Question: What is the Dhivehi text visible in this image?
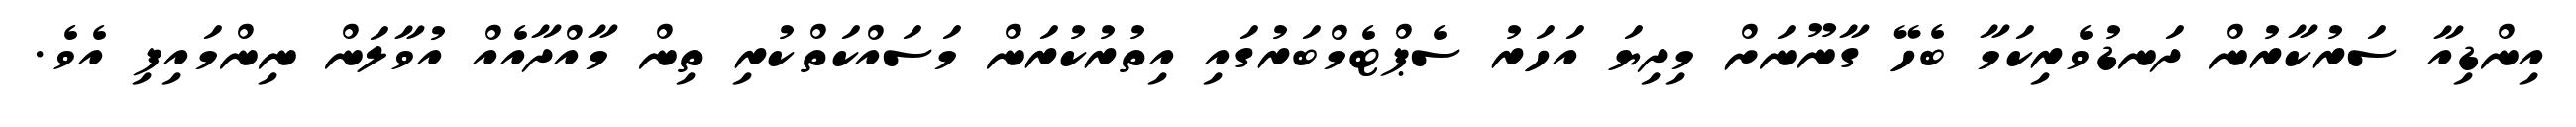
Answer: އިންޑިއާ ސަރުކާރުން ދަނޑުވެރިކަމާ ބެހޭ ގާނޫނަށް މިދިޔަ އަހަރު ސެޕްޓެމްބަރުގައި އިތުރުކުރަން މަސައްކަތްކުރި ތިން މާއްދާއެއް އުވާލަން ނިންމައިފި އެވެ.